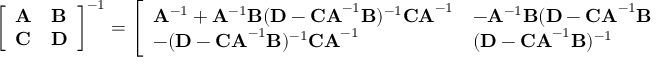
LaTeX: { \left[ \begin{array} { l l } { \mathbf { A } } & { \mathbf { B } } \\ { \mathbf { C } } & { \mathbf { D } } \end{array} \right] } ^ { - 1 } = { \left[ \begin{array} { l l } { \mathbf { A } ^ { - 1 } + \mathbf { A } ^ { - 1 } \mathbf { B } ( \mathbf { D } - \mathbf { C A } ^ { - 1 } \mathbf { B } ) ^ { - 1 } \mathbf { C A } ^ { - 1 } } & { - \mathbf { A } ^ { - 1 } \mathbf { B } ( \mathbf { D } - \mathbf { C A } ^ { - 1 } \mathbf { B } ) ^ { - 1 } } \\ { - ( \mathbf { D } - \mathbf { C A } ^ { - 1 } \mathbf { B } ) ^ { - 1 } \mathbf { C A } ^ { - 1 } } & { ( \mathbf { D } - \mathbf { C A } ^ { - 1 } \mathbf { B } ) ^ { - 1 } } \end{array} \right] } ,